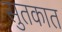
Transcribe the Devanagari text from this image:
सुतकात